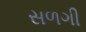
સળગી